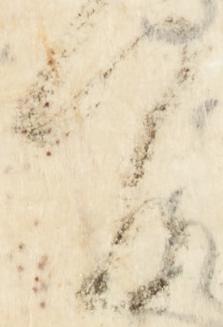
間